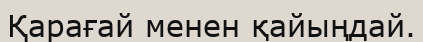
Қарағай менен қайыңдай.